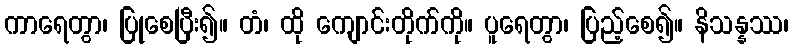
ကာရေတွာ၊ ပြုစေပြီး၍။ တံ၊ ထို ကျောင်းတိုက်ကို။ ပူရေတွာ၊ ပြည့်စေ၍။ နိသန္နဿ၊